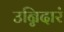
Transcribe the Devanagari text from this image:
उन्निदारं